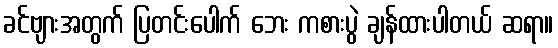
ခင်ဗျားအတွက် ပြတင်းပေါက် ဘေး ကစားပွဲ ချန်ထားပါတယ် ဆရာ။